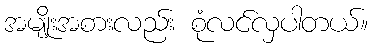
အမျိုးအစားလည်း စုံလင်လှပါတယ်။